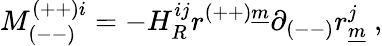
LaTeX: M_{(--)}^{(++)i}=-H_{R}^{ij}r^{(++)\underline{{{m}}}}\partial_{(--)}r_{\underline{{{m}}}}^{j}~,